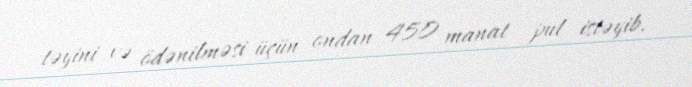
təyini və ödənilməsi üçün ondan 450 manat pul istəyib.